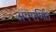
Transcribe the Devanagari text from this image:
अपपर्णित